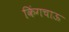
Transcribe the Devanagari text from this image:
किंगचाऊ